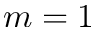
m = 1